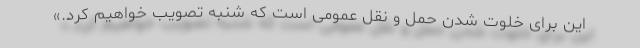
این‌ برای خلوت شدن حمل و نقل عمومی است که شنبه تصویب خواهیم کرد.»